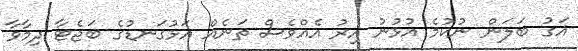
އަގު ބަލަން ނުކުމެ އުޅުނު އިރު އެއްވެސް ތަނެއް އަޅުގަނޑުގެ ބަޖެޓާ ދިމާވާ